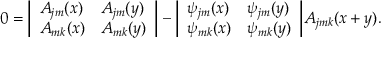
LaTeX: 0 = \biggl | \begin{array} { l l } { { A _ { j m } ( x ) } } & { { A _ { j m } ( y ) } } \\ { { A _ { m k } ( x ) } } & { { A _ { m k } ( y ) } } \end{array} \biggr | - \biggl | \begin{array} { l l } { { \psi _ { j m } ( x ) } } & { { \psi _ { j m } ( y ) } } \\ { { \psi _ { m k } ( x ) } } & { { \psi _ { m k } ( y ) } } \end{array} \biggr | A _ { j m k } ( x + y ) .